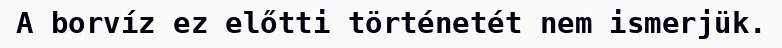
A borvíz ez előtti történetét nem ismerjük.